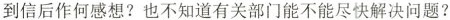
到信后作何感想? 也不知道有关部门能不能尽快解决问题?